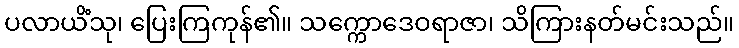
ပလာယိံသု၊ ပြေးကြကုန်၏။ သက္ကောဒေဝရာဇာ၊ သိကြားနတ်မင်းသည်။